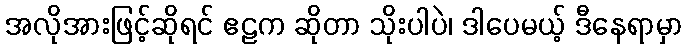
အလိုအားဖြင့်ဆိုရင် ဧဠက ဆိုတာ သိုးပါပဲ၊ ဒါပေမယ့် ဒီနေရာမှာ